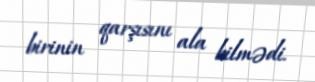
birinin qarşısını ala bilmədi.